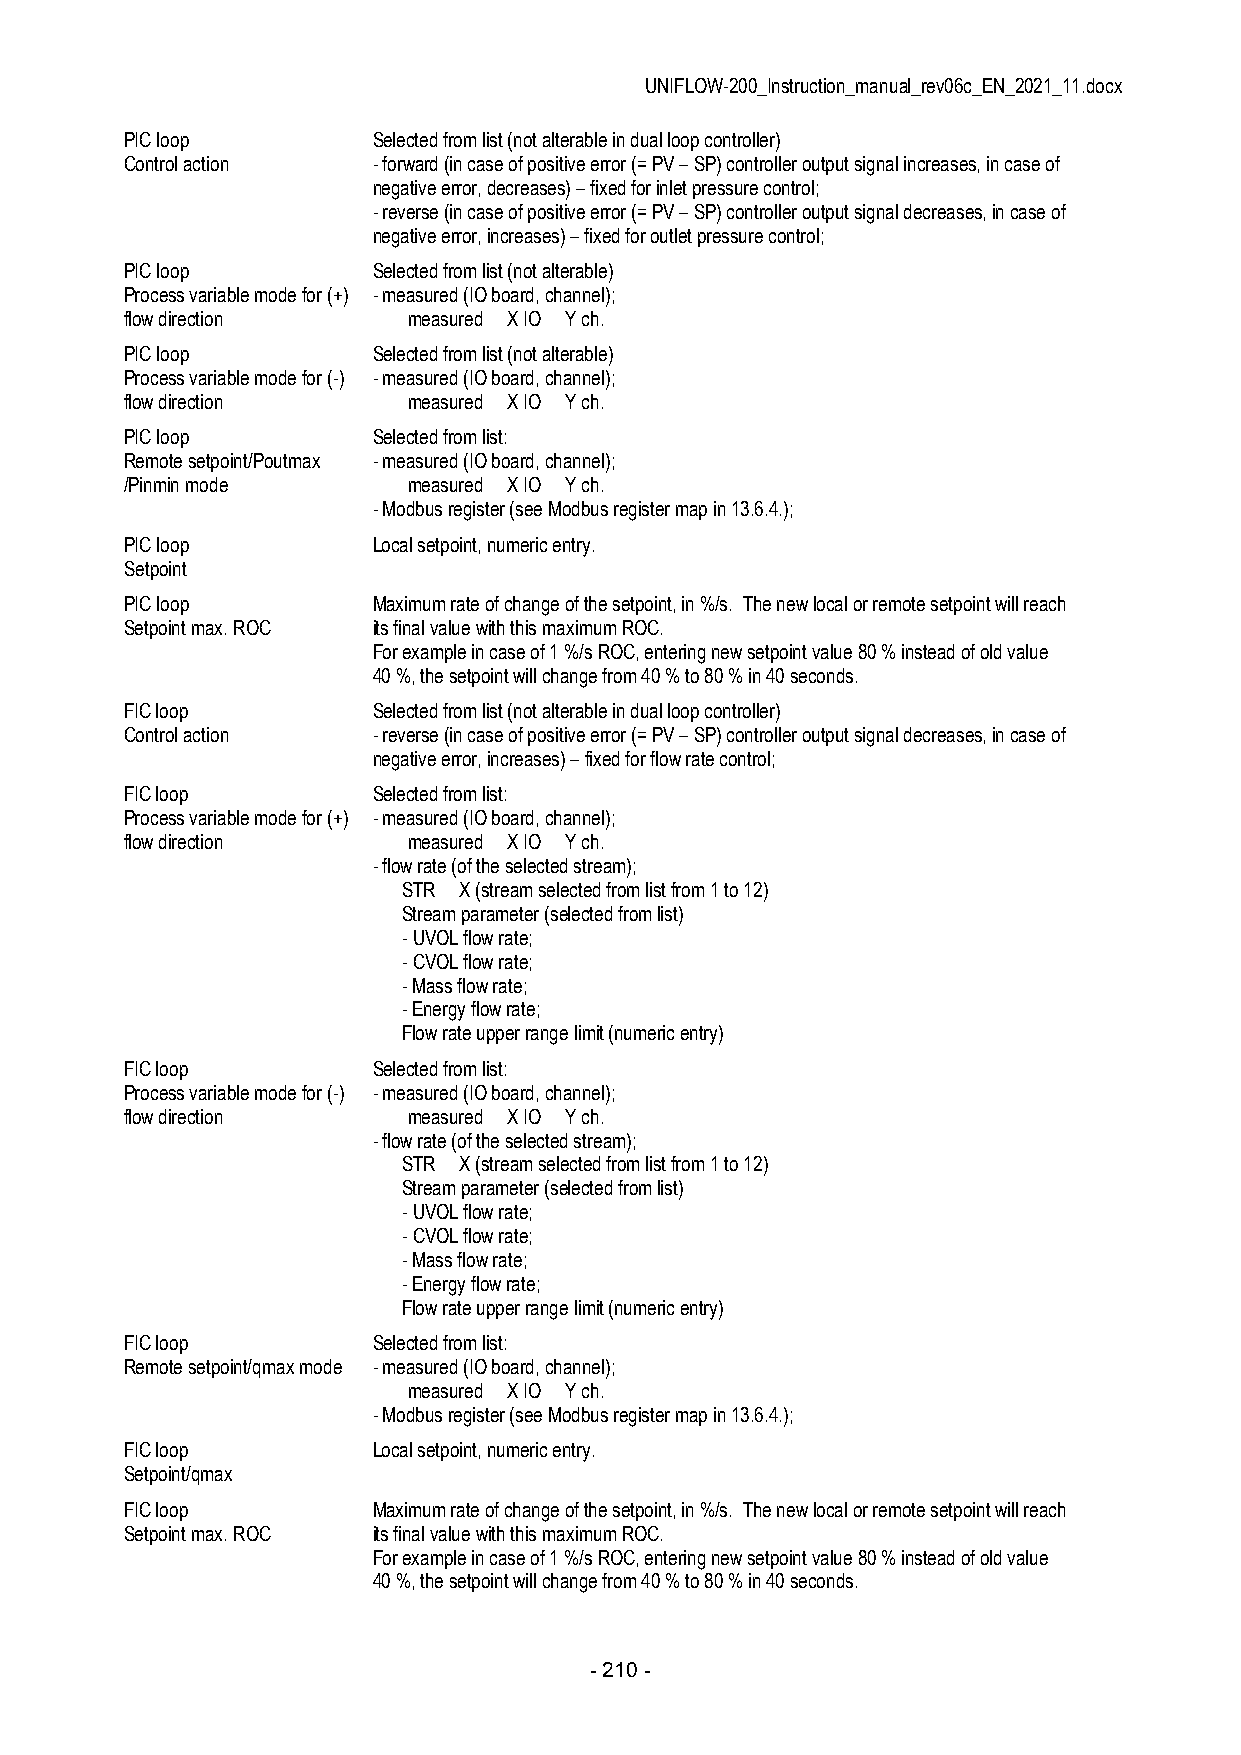
UNIFLOW-200_Instruction_manual_rev06c_EN_2021_11.docx
 PIC loop         Selected from list (not alterable in dual loop controller)
 Control action   - forward (in case of positive error (= PV – SP) controller output signal increases, in case of
 negative error, decreases) – fixed for inlet pressure control;
 - reverse (in case of positive error (= PV – SP) controller output signal decreases, in case of
 negative error, increases) – fixed for outlet pressure control;
 PIC loop         Selected from list (not alterable)
 Process variable mode for (+) - measured (IO board, channel);
 flow direction     measured X IO Y ch.
 PIC loop         Selected from list (not alterable)
 Process variable mode for (-) - measured (IO board, channel);
 flow direction     measured X IO Y ch.
 PIC loop         Selected from list:
 Remote setpoint/Poutmax - measured (IO board, channel);
 /Pinmin mode       measured X IO Y ch.
 - Modbus register (see Modbus register map in 13.6.4.);
 PIC loop         Local setpoint, numeric entry.
 Setpoint
 PIC loop         Maximum rate of change of the setpoint, in %/s. The new local or remote setpoint will reach
 Setpoint max. ROC its final value with this maximum ROC.
 For example in case of 1 %/s ROC, entering new setpoint value 80 % instead of old value
 40 %, the setpoint will change from 40 % to 80 % in 40 seconds.
 FIC loop         Selected from list (not alterable in dual loop controller)
 Control action   - reverse (in case of positive error (= PV – SP) controller output signal decreases, in case of
 negative error, increases) – fixed for flow rate control;
 FIC loop         Selected from list:
 Process variable mode for (+) - measured (IO board, channel);
 flow direction     measured X IO Y ch.
 - flow rate (of the selected stream);
 STR X (stream selected from list from 1 to 12)
 Stream parameter (selected from list)
 - UVOL flow rate;
 - CVOL flow rate;
 - Mass flow rate;
 - Energy flow rate;
 Flow rate upper range limit (numeric entry)
 FIC loop         Selected from list:
 Process variable mode for (-) - measured (IO board, channel);
 flow direction     measured X IO Y ch.
 - flow rate (of the selected stream);
 STR X (stream selected from list from 1 to 12)
 Stream parameter (selected from list)
 - UVOL flow rate;
 - CVOL flow rate;
 - Mass flow rate;
 - Energy flow rate;
 Flow rate upper range limit (numeric entry)
 FIC loop         Selected from list:
 Remote setpoint/qmax mode - measured (IO board, channel);
 measured X IO Y ch.
 - Modbus register (see Modbus register map in 13.6.4.);
 FIC loop         Local setpoint, numeric entry.
 Setpoint/qmax
 FIC loop         Maximum rate of change of the setpoint, in %/s. The new local or remote setpoint will reach
 Setpoint max. ROC its final value with this maximum ROC.
 For example in case of 1 %/s ROC, entering new setpoint value 80 % instead of old value
 40 %, the setpoint will change from 40 % to 80 % in 40 seconds.
 - 210 -